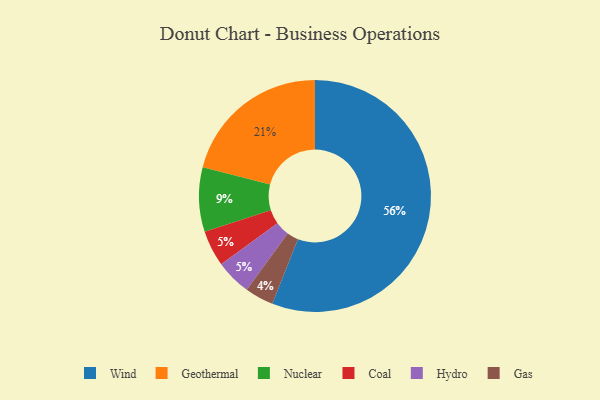
{"axis": {"x": "Category", "y": "Percentage"}, "legend": ["Coal", "Gas", "Geothermal", "Hydro", "Nuclear", "Wind"], "data": [{"x": "Geothermal", "y": 21, "type": "Geothermal"}, {"x": "Coal", "y": 5, "type": "Coal"}, {"x": "Nuclear", "y": 9, "type": "Nuclear"}, {"x": "Gas", "y": 4, "type": "Gas"}, {"x": "Hydro", "y": 5, "type": "Hydro"}, {"x": "Wind", "y": 56, "type": "Wind"}]}